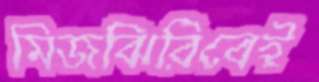
মিজঝিরিবেই